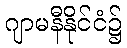
ဂျာမနီနိုင်ငံ၌